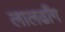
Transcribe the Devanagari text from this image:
लालढाँग